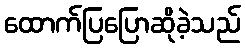
ထောက်ပြပြောဆိုခဲ့သည်